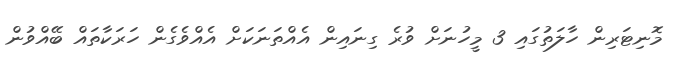
މޮނިޓަރިން ހާލަތުގައި 3 މީހުނަށް ވުރެ ގިނައިން އެއްތަނަކަށް އެއްވެގެން ހަރަކާތައް ބޭއްވުން